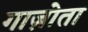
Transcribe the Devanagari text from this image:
गाज़ोता